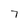
Character: 7